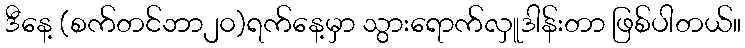
ဒီနေ့ (စက်တင်ဘာ၂၀)ရက်နေ့မှာ သွားရောက်လှူဒါန်းတာ ဖြစ်ပါတယ်။